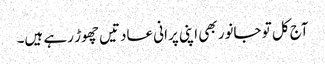
آج کل تو جانور بھی اپنی پرانی عادتیں چھوڑ رہے ہیں۔